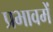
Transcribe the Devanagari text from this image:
प्रभावमें